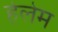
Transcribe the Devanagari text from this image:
हेलेम